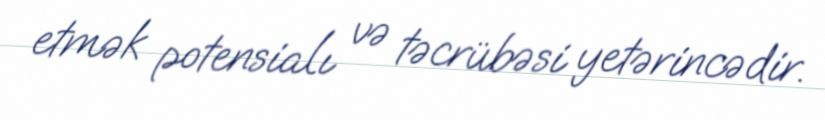
etmək potensialı və təcrübəsi yetərincədir.